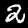
Label: 2